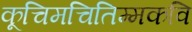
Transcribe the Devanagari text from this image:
कूचिमचितिम्मकवि